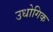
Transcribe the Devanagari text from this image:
उधोगिक